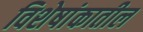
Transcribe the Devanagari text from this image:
विशेषांकातील